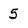
Character: 5